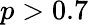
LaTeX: p>0.7